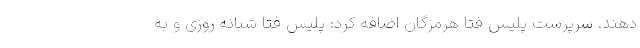
دهند. سرپرست پلیس فتا هرمزگان اضافه کرد: پلیس فتا شبانه روزی و به